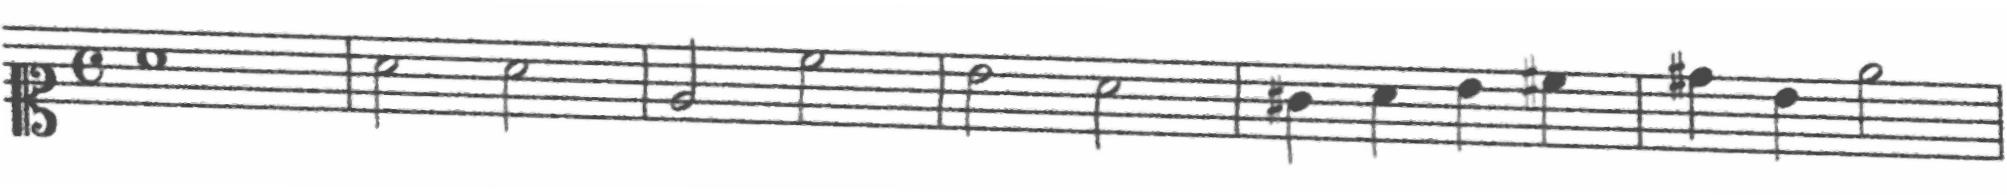
Transcription: clef-C1 timeSignature-C note-A4_whole barline note-A4_half note-A4_half barline note-E4_half note-C5_half barline note-B4_half note-A4_half barline note-G#4_quarter note-A4_quarter note-B4_quarter note-C#5_quarter barline note-D#5_quarter note-B4_quarter note-E5_half barline